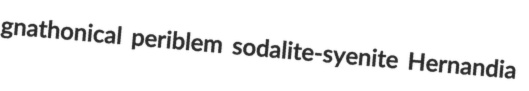
gnathonical periblem sodalite-syenite Hernandia